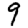
Digit: 9